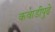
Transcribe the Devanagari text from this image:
कवाडीपुढे